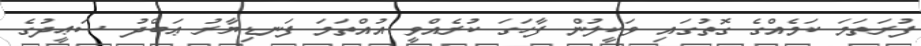
ފުރަތަމަ ކަމެއްގެ ގޮތުގައި ވަކީލުން ފާހަގަ ކުރެއްވީ އުއްތަމަ ފަނޑިޔާރު ޢަބްދު ސަޢީދުގެ